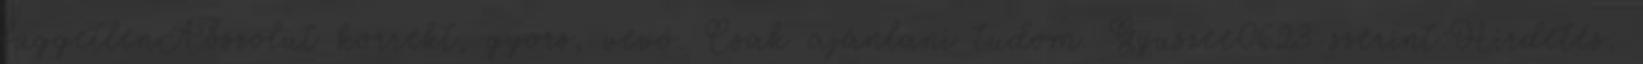
függetlenAbszolut korrekt, gyors, vevő. Csak ajánlani tudom. Gyuszee0623 szerint:Hirdetés: